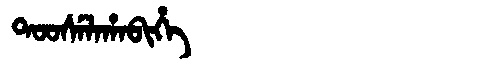
Manchu: ᡨᠣᠣᠰᡝᠯᠠᡥᠠᠪᡳᡥᡝ
Romanization: TOOSELAHABIHE